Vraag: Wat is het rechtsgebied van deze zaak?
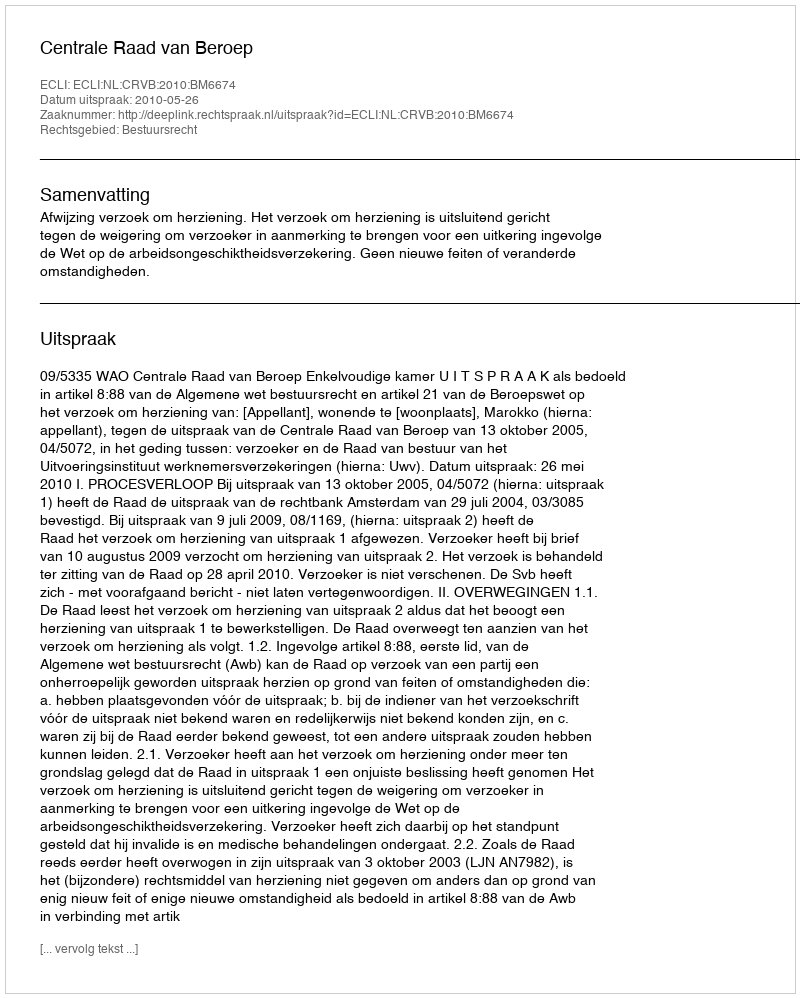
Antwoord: Bestuursrecht